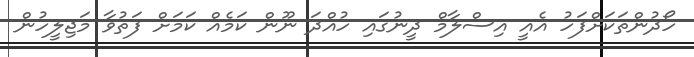
ހޯދުންތަކަށްފަހު އެއީ އިސްލާމް ދީނުގައި ހުއްދަ ނޫން ކަމެއް ކަމަށް ފަތުވާ މަޖިލީހުން